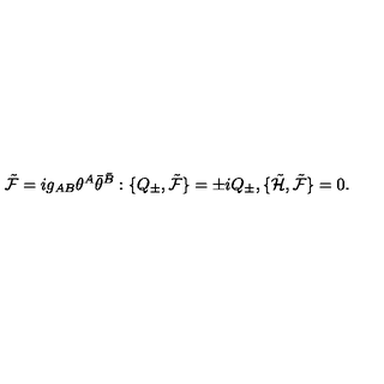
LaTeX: { \tilde { \cal F } } = i g _ { A B } \theta ^ { A } { \bar { \theta } } ^ { \bar { B } } : \{ Q _ { \pm } , { \tilde { \cal F } } \} = \pm i Q _ { \pm } , \{ { \tilde { \cal H } } , { \tilde { \cal F } } \} = 0 .